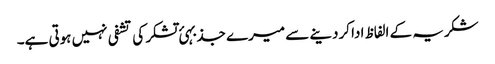
شکریہ کے الفاظ ادا کردینے سے میرے جذبہئ تشکر کی تشفی نہیں ہوتی ہے۔